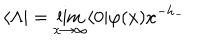
LaTeX: \langle \Lambda | = \lim _ { x \rightarrow \infty } \langle 0 | \varphi ( x ) x ^ { - h _ { - } }